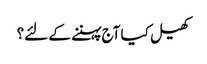
کھیل کیا آج پہننے کے لئے؟